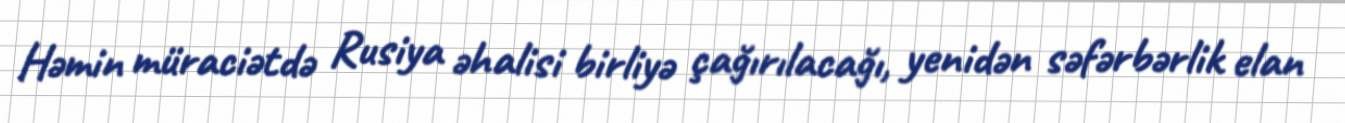
Həmin müraciətdə Rusiya əhalisi birliyə çağırılacağı, yenidən səfərbərlik elan